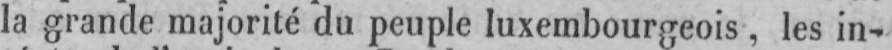
la grande majorité du peuple luxembourgeois, les in-